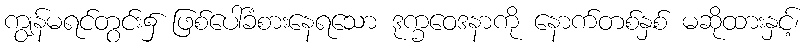
ကျွန်မရင်တွင်း၌ ဖြစ်ပေါ်ခံစားနေရသော ဒုက္ခဝေဒနာကို နောက်တစ်နှစ် မဆိုထားနှင့်၊